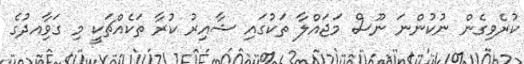
ކުރެވިގެން ނުކުންނަ ނޫސް މަޖައްލާ ތަކުގައި ޝާއިރު ކުރާ ތަކެއްޗަކީ މި ގަވާިއދުގެ